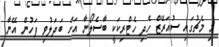
މި މެޗުގައި ސުއަރޭޒް ހެދި ހެޓްރިކަކީ ބާސެލޯނާ އަށް ބަދަލުވި ފަހުން އޭނާ